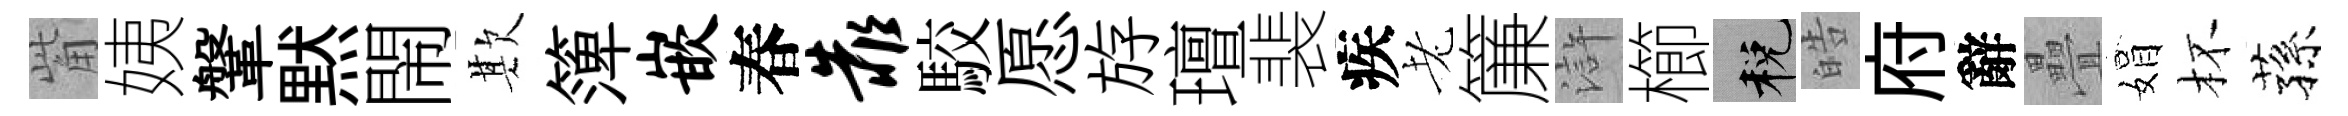
觜姨鞶黙閙欺𥱼嵌春靠駮愿斿璮裴疾老簾滸櫛税皓府辭疊娟杯蓀